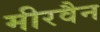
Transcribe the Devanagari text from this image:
मीरवैन